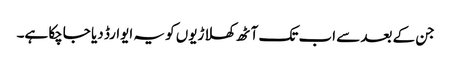
جن کے بعد سے اب تک آٹھ کھلاڑیوں کو یہ ایوارڈ دیا جاچکا ہے۔